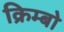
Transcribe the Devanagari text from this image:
क्रिम्बो